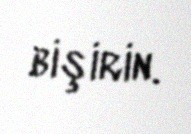
bişirin.